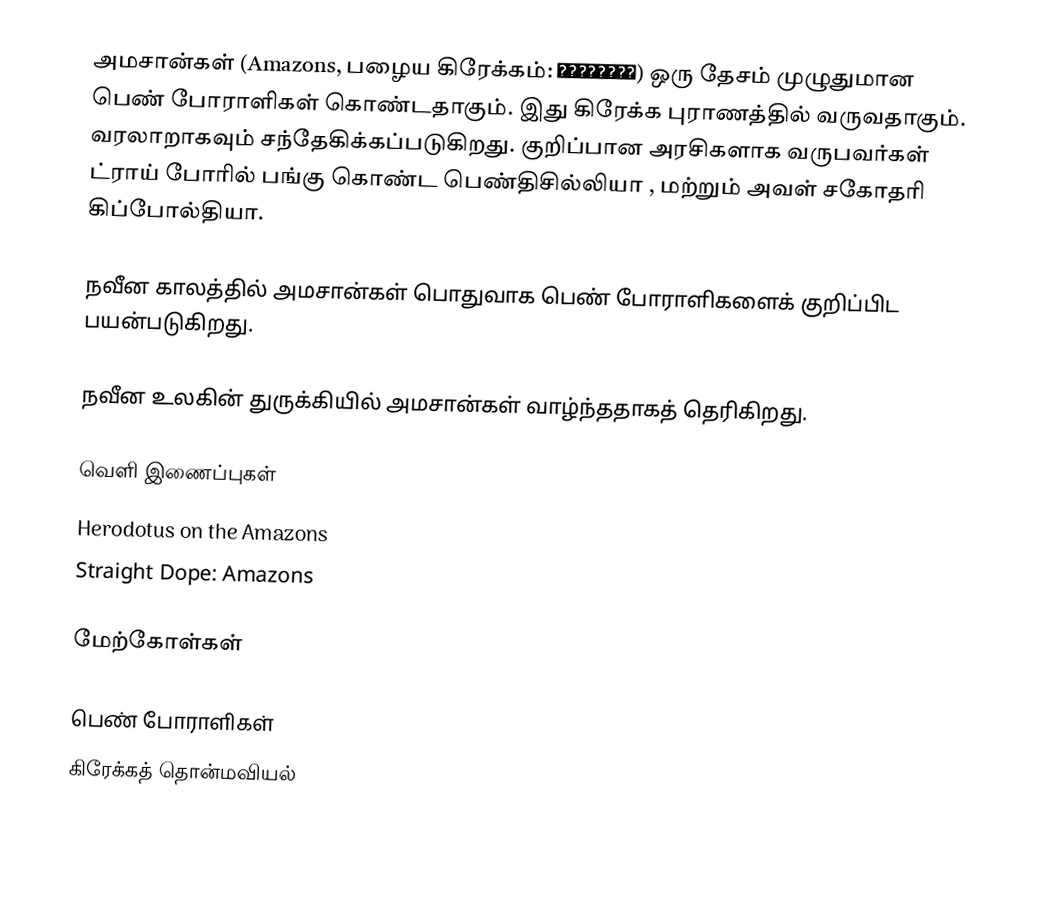
அமசான்கள் (Amazons, பழைய கிரேக்கம்: Ἀμαζόνες) ஒரு தேசம் முழுதுமான பெண் போராளிகள் கொண்டதாகும். இது கிரேக்க புராணத்தில் வருவதாகும். வரலாறாகவும் சந்தேகிக்கப்படுகிறது. குறிப்பான அரசிகளாக வருபவர்கள் ட்ராய் போரில் பங்கு கொண்ட பெண்திசில்லியா , மற்றும் அவள் சகோதரி கிப்போல்தியா.

நவீன காலத்தில் அமசான்கள் பொதுவாக பெண் போராளிகளைக் குறிப்பிட பயன்படுகிறது.

நவீன உலகின் துருக்கியில் அமசான்கள் வாழ்ந்ததாகத் தெரிகிறது.

வெளி இணைப்புகள்
 Herodotus on the Amazons
 Straight Dope: Amazons

மேற்கோள்கள்

பெண் போராளிகள்
கிரேக்கத் தொன்மவியல்